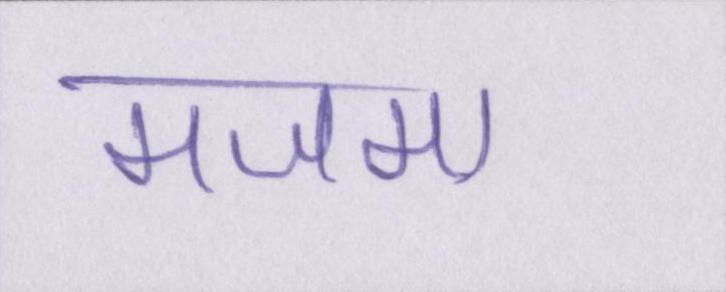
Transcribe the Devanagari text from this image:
मजमा